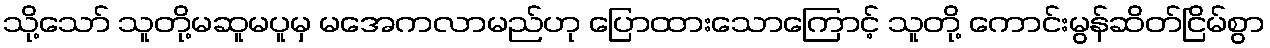
သို့သော် သူတို့မဆူမပူမှ မအေကလာမည်ဟု ပြောထားသောကြောင့် သူတို့ ကောင်းမွန်ဆိတ်ငြိမ်စွာ